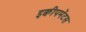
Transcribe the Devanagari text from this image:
इक्वीपमेंटस